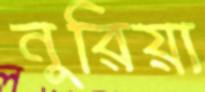
নুরিয়া